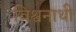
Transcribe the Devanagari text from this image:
विश्वनाथी